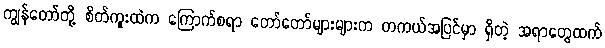
ကျွန်တော်တို့ စိတ်ကူးထဲက ကြောက်စရာ တော်တော်များများက တကယ်အပြင်မှာ ရှိတဲ့ အရာတွေထက်